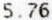
5.76